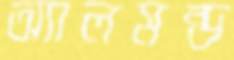
অ্যালমন্ড